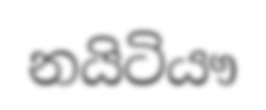
නයිටියෟ